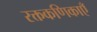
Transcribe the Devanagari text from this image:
रक्तकणिकाएँ